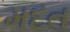
મદત